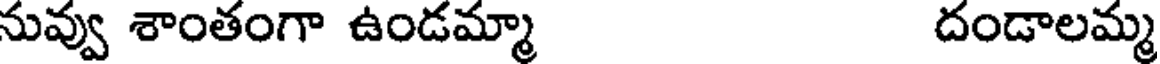
నువ్వు శాంతంగా ఉండమ్మా దండాలమ్మ